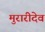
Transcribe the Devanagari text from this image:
मुरारीदेव